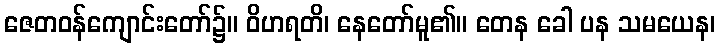
ဇေတဝန်ကျောင်းတော်၌။ ဝိဟရတိ၊ နေတော်မူ၏။ တေန ခေါ ပန သမယေန၊